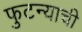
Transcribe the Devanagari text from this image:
फुटन्याची